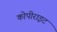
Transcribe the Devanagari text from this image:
कोपीराइट